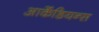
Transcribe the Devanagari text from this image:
आर्केडियन्स